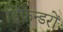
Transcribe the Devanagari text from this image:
डिफ़ेन्डरों